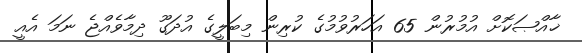
ޚާއްޞަކޮށް އުމުރުން 65 އަހަރުވުމުގެ ކުރިން މިބަލީގެ އުދަގޫ ދިމާވެއްޖެ ނަމަ އެއީ